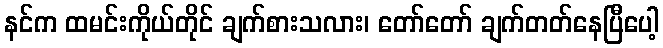
နင်က ထမင်းကိုယ်တိုင် ချက်စားသလား၊ တော်တော် ချက်တတ်နေပြီပေါ့